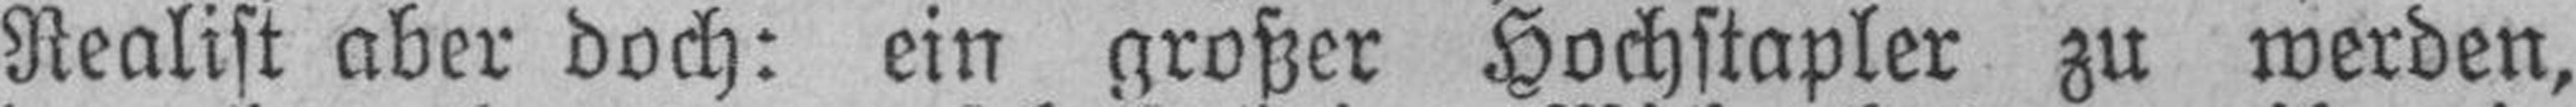
Realist aber doch: ein großer Hochstapler zu werden,